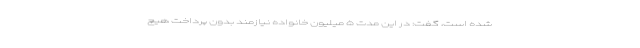
شده است، گفت: در این مدت ۵ میلیون خانواده نیازمند بدون پرداخت هیچ